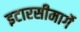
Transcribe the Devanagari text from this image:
इटारसीमार्गे